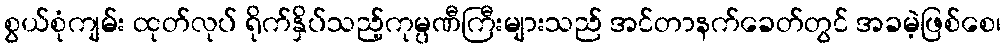
စွယ်စုံကျမ်း ထုတ်လုပ် ရိုက်နှိပ်သည့်ကုမ္ပဏီကြီးများသည် အင်တာနက်ခေတ်တွင် အခမဲ့ဖြစ်စေ၊